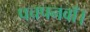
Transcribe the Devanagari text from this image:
पचपनवाँ।